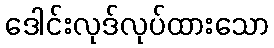
ဒေါင်းလုဒ်လုပ်ထားသော